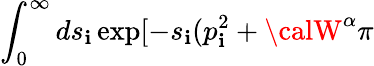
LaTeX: \int_{0}^{\infty}ds_{\mathbf{i}}\exp[-s_{\mathbf{i}}(p_{\mathbf{i}}^{2}+{\calW}^{\alpha}\pi